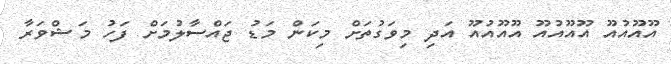
އޫއޫއުއޫ އޫއޫއުއޫ އޫއޫއުއޫ އަދި މިވަގުތަށް މިކަން މަޑު ޖައްސާލުމަށް ފަހު މަޝްވަރާ